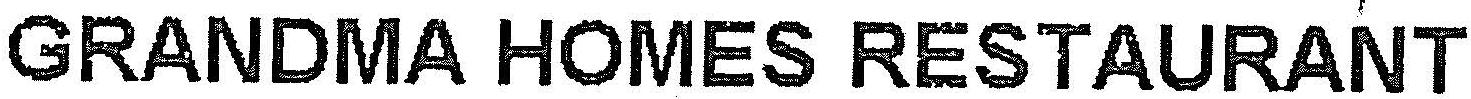
GRANDMA HOMES RESTAURANT